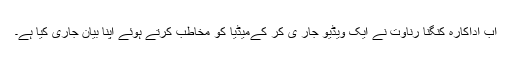
اب اداکارہ کنگنا رناوت نے ایک ویڈیو جار ی کر کےمیڈیا کو مخاطب کرتے ہوئے اپنا بیان جاری کیا ہے۔